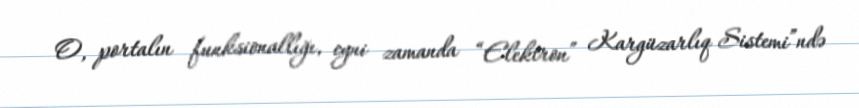
O, portalın funksionallığı, eyni zamanda “Elektron” Kargüzarlıq Sistemi”ndə